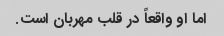
اما او واقعاً در قلب مهربان است.